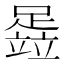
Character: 𬧈